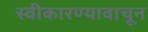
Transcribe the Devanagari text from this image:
स्वीकारण्यावाचून